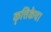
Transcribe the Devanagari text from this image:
कृत्तिकेचा